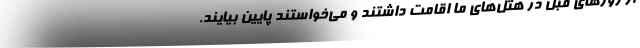
از روزهای قبل در هتل‌های ما اقامت داشتند و می‌خواستند پایین بیایند.